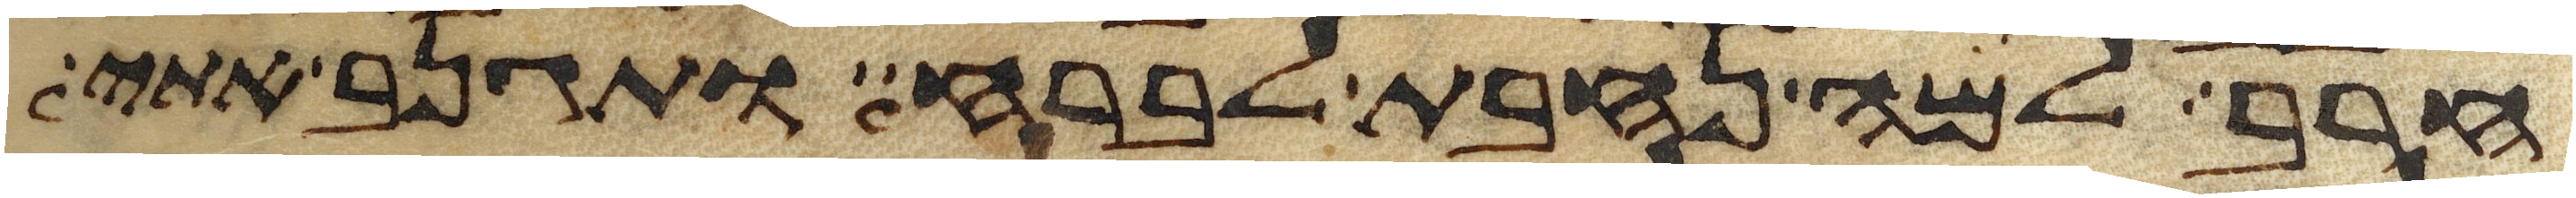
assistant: חרב למה נחבת לברח ותגנב אתי